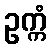
ဥက္ကံ